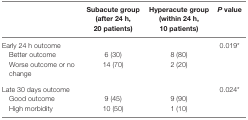
<table><thead><tr><td></td><td><b>Subacute group (after 24 h, 20 patients)</b></td><td><b>Hyperacute group (within 24 h, 10 patients)</b></td><td><b><i>P</i> value</b></td></tr></thead><tbody><tr><td>Early 24 h outcome</td><td></td><td></td><td>0.019*</td></tr><tr><td> Better outcome</td><td>6 (30)</td><td>8 (80)</td><td></td></tr><tr><td> Worse outcome or no change</td><td>14 (70)</td><td>2 (20)</td><td></td></tr><tr><td>Late 30 days outcome</td><td></td><td></td><td>0.024*</td></tr><tr><td> Good outcome</td><td>9 (45)</td><td>9 (90)</td><td></td></tr><tr><td> High morbidity</td><td>10 (50)</td><td>1 (10)</td><td></td></tr></tbody></table>